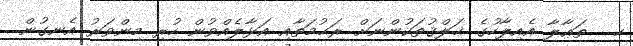
ހ.  ތަޢާލާ އެއިލާހުގެ ޚަލްޤުތަކުންނަށް ރަޙުމަތާއި އަޅާލެއްވުން ހުރި މިންވަރު އެނގުން.